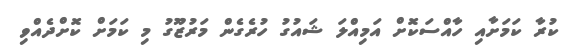
ކުރާ ކަމަށާއި ހާއްސަކޮށް އަމިއްލަ ޝައުގު ހުރެގެން މަރުޒޫގު މި ކަމަށް ކޮށްދެއްވި